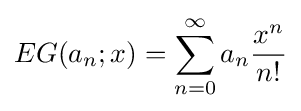
EG(a_{n};x)=\sum _{n=0}^{\infty }a_{n}{\frac {x^{n}}{n!}}